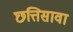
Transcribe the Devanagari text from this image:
छत्तिसावा